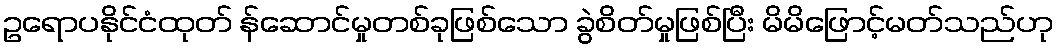
ဥရောပနိုင်ငံထုတ် န်ဆောင်မှုတစ်ခုဖြစ်သော ခွဲစိတ်မှုဖြစ်ပြီး မိမိဖြောင့်မတ်သည်ဟု